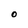
Character: O